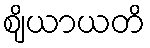
ဈိယာယတိ